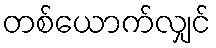
တစ်ယောက်လျှင်